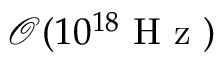
\mathcal { O } ( 1 0 ^ { 1 8 } \mathrm { ~ H ~ z ~ } )